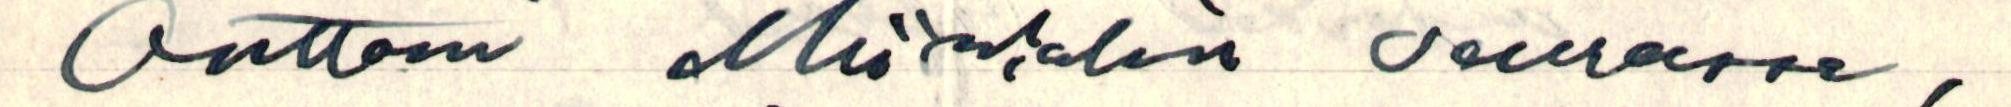
Onttoni Miihkalin seurassa,